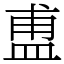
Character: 盙